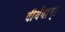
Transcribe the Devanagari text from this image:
वीर्यवान्।